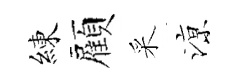
練顏采鿌